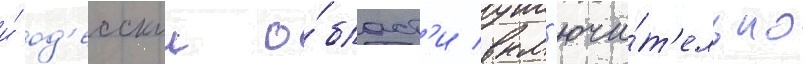
и́ од'есскои о́бласт'и вкл'ючи́т'ельно